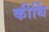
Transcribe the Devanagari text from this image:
कीर्थि